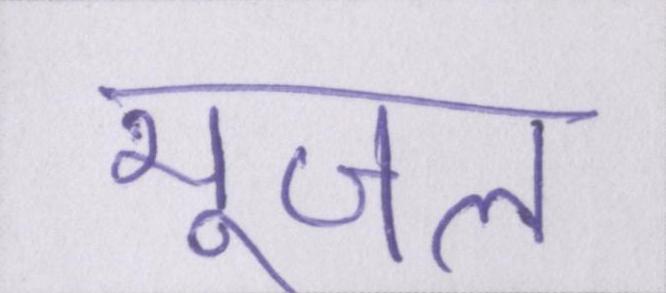
भूजल